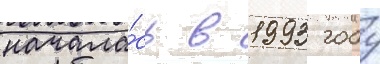
начала́сь в 1993 году